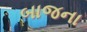
બાજના